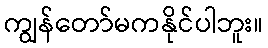
ကျွန်တော်မကနိုင်ပါဘူး။